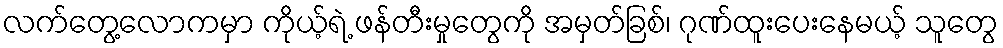
လက်တွေ့လောကမှာ ကိုယ့်ရဲ့ ဖန်တီးမှုတွေကို အမှတ်ခြစ်၊ ဂုဏ်ထူးပေးနေမယ့် သူတွေ